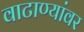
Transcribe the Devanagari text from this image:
वाटाण्यांवर